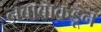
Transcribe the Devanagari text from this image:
नबाबाकडून